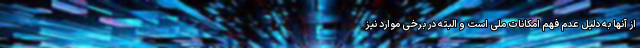
از آنها به دلیل عدم فهم امکانات ملی است و البته در برخی موارد نیز